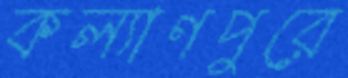
কল্যাণপুরে